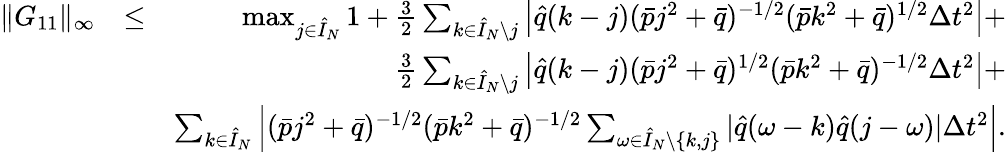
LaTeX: \begin{array}{rlr}{\| G_{11}\| _{\infty}}&{\leq}&{\operatorname*{max}_{j\in\hat{I}_{N}}1+\frac{3}{2}\sum_{k\in\hat{I}_{N}\setminus j}\left|\hat{q}(k-j)(\bar{p}j^{2}+\bar{q})^{-1/2}(\bar{p}k^{2}+\bar{q})^{1/2}\Delta t^{2}\right|+}\\ &{}&{\frac{3}{2}\sum_{k\in\hat{I}_{N}\setminus j}\left|\hat{q}(k-j)(\bar{p}j^{2}+\bar{q})^{1/2}(\bar{p}k^{2}+\bar{q})^{-1/2}\Delta t^{2}\right|+}\\ &{}&{\sum_{k\in\hat{I}_{N}}\left|(\bar{p}j^{2}+\bar{q})^{-1/2}(\bar{p}k^{2}+\bar{q})^{-1/2}\sum_{\omega\in\hat{I}_{N}\setminus\{ k,j\} }|\hat{q}(\omega-k)\hat{q}(j-\omega)|\Delta t^{2}\right|.}\end{array}